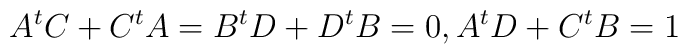
A^{t}C+C^{t}A=B^{t}D+D^{t}B=0,A^{t}D+C^{t}B=1